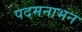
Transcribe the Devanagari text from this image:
पदमनाभन